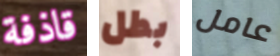
قاذفة بطل عامل